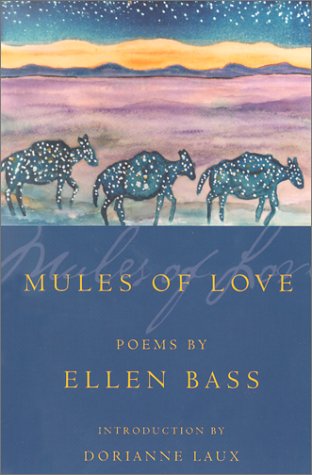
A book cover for Mules of Love (American Poets Continuum); Ellen Bass; Literature & Fiction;